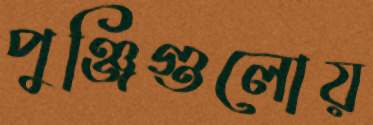
পুঞ্জিগুলোয়